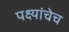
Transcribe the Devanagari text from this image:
पक्ष्यांचेच